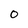
Character: o